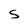
Character: S